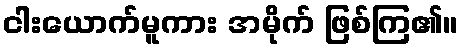
ငါးယောက်မူကား အမိုက် ဖြစ်ကြ၏။